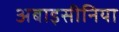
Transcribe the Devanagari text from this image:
अबाइसीनिया